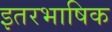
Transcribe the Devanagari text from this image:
इतरभाषिक